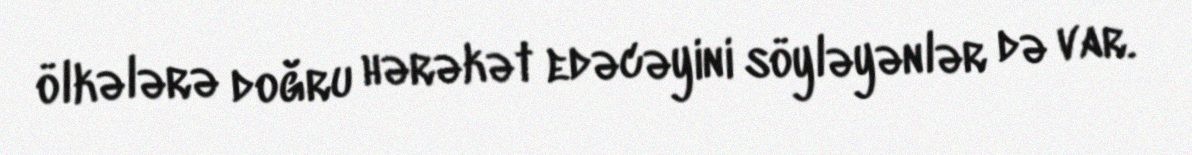
ölkələrə doğru hərəkət edəcəyini söyləyənlər də var.